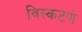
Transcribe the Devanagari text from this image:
विस्कटणे